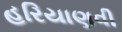
હરિયાણવી